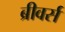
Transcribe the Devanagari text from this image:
ब्रीवर्स